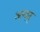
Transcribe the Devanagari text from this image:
अन्दर्